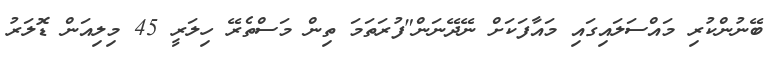
ބޭނުންކުރި މައްސަލައިގައި މައާފަކަށް ނޭދޭނަން"ފުރަތަމަަ ތިން މަސްތެރޭ ހިލަރީ 45 މިލިއަން ޑޮލަރު